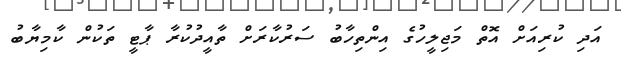
އަދި ކުރިއަށް އޮތް މަޖިލީހުގެ އިންތިހާބު ސަރުކާރަށް ތާއީދުކުރާ ޕާޓީ ތަކުން ކާމިޔާބު